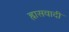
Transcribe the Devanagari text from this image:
ह्रासवादी